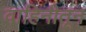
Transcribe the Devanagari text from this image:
वाहिनीतून